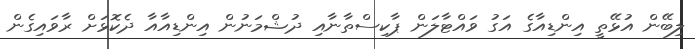
ލިބޭން އުޅޭތީ އިންޑިއާގެ އަގު ވައްޓާލަން ޕާކިސްތާނާއި ދުޝްމަނުން އިންޑިއާއާ ދެކޮޅަށް ރާވައިގެން